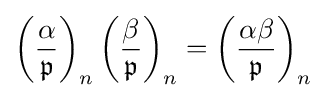
\left({\frac {\alpha }{\mathfrak {p}}}\right)_{n}\left({\frac {\beta }{\mathfrak {p}}}\right)_{n}=\left({\frac {\alpha \beta }{\mathfrak {p}}}\right)_{n}